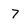
Character: 7